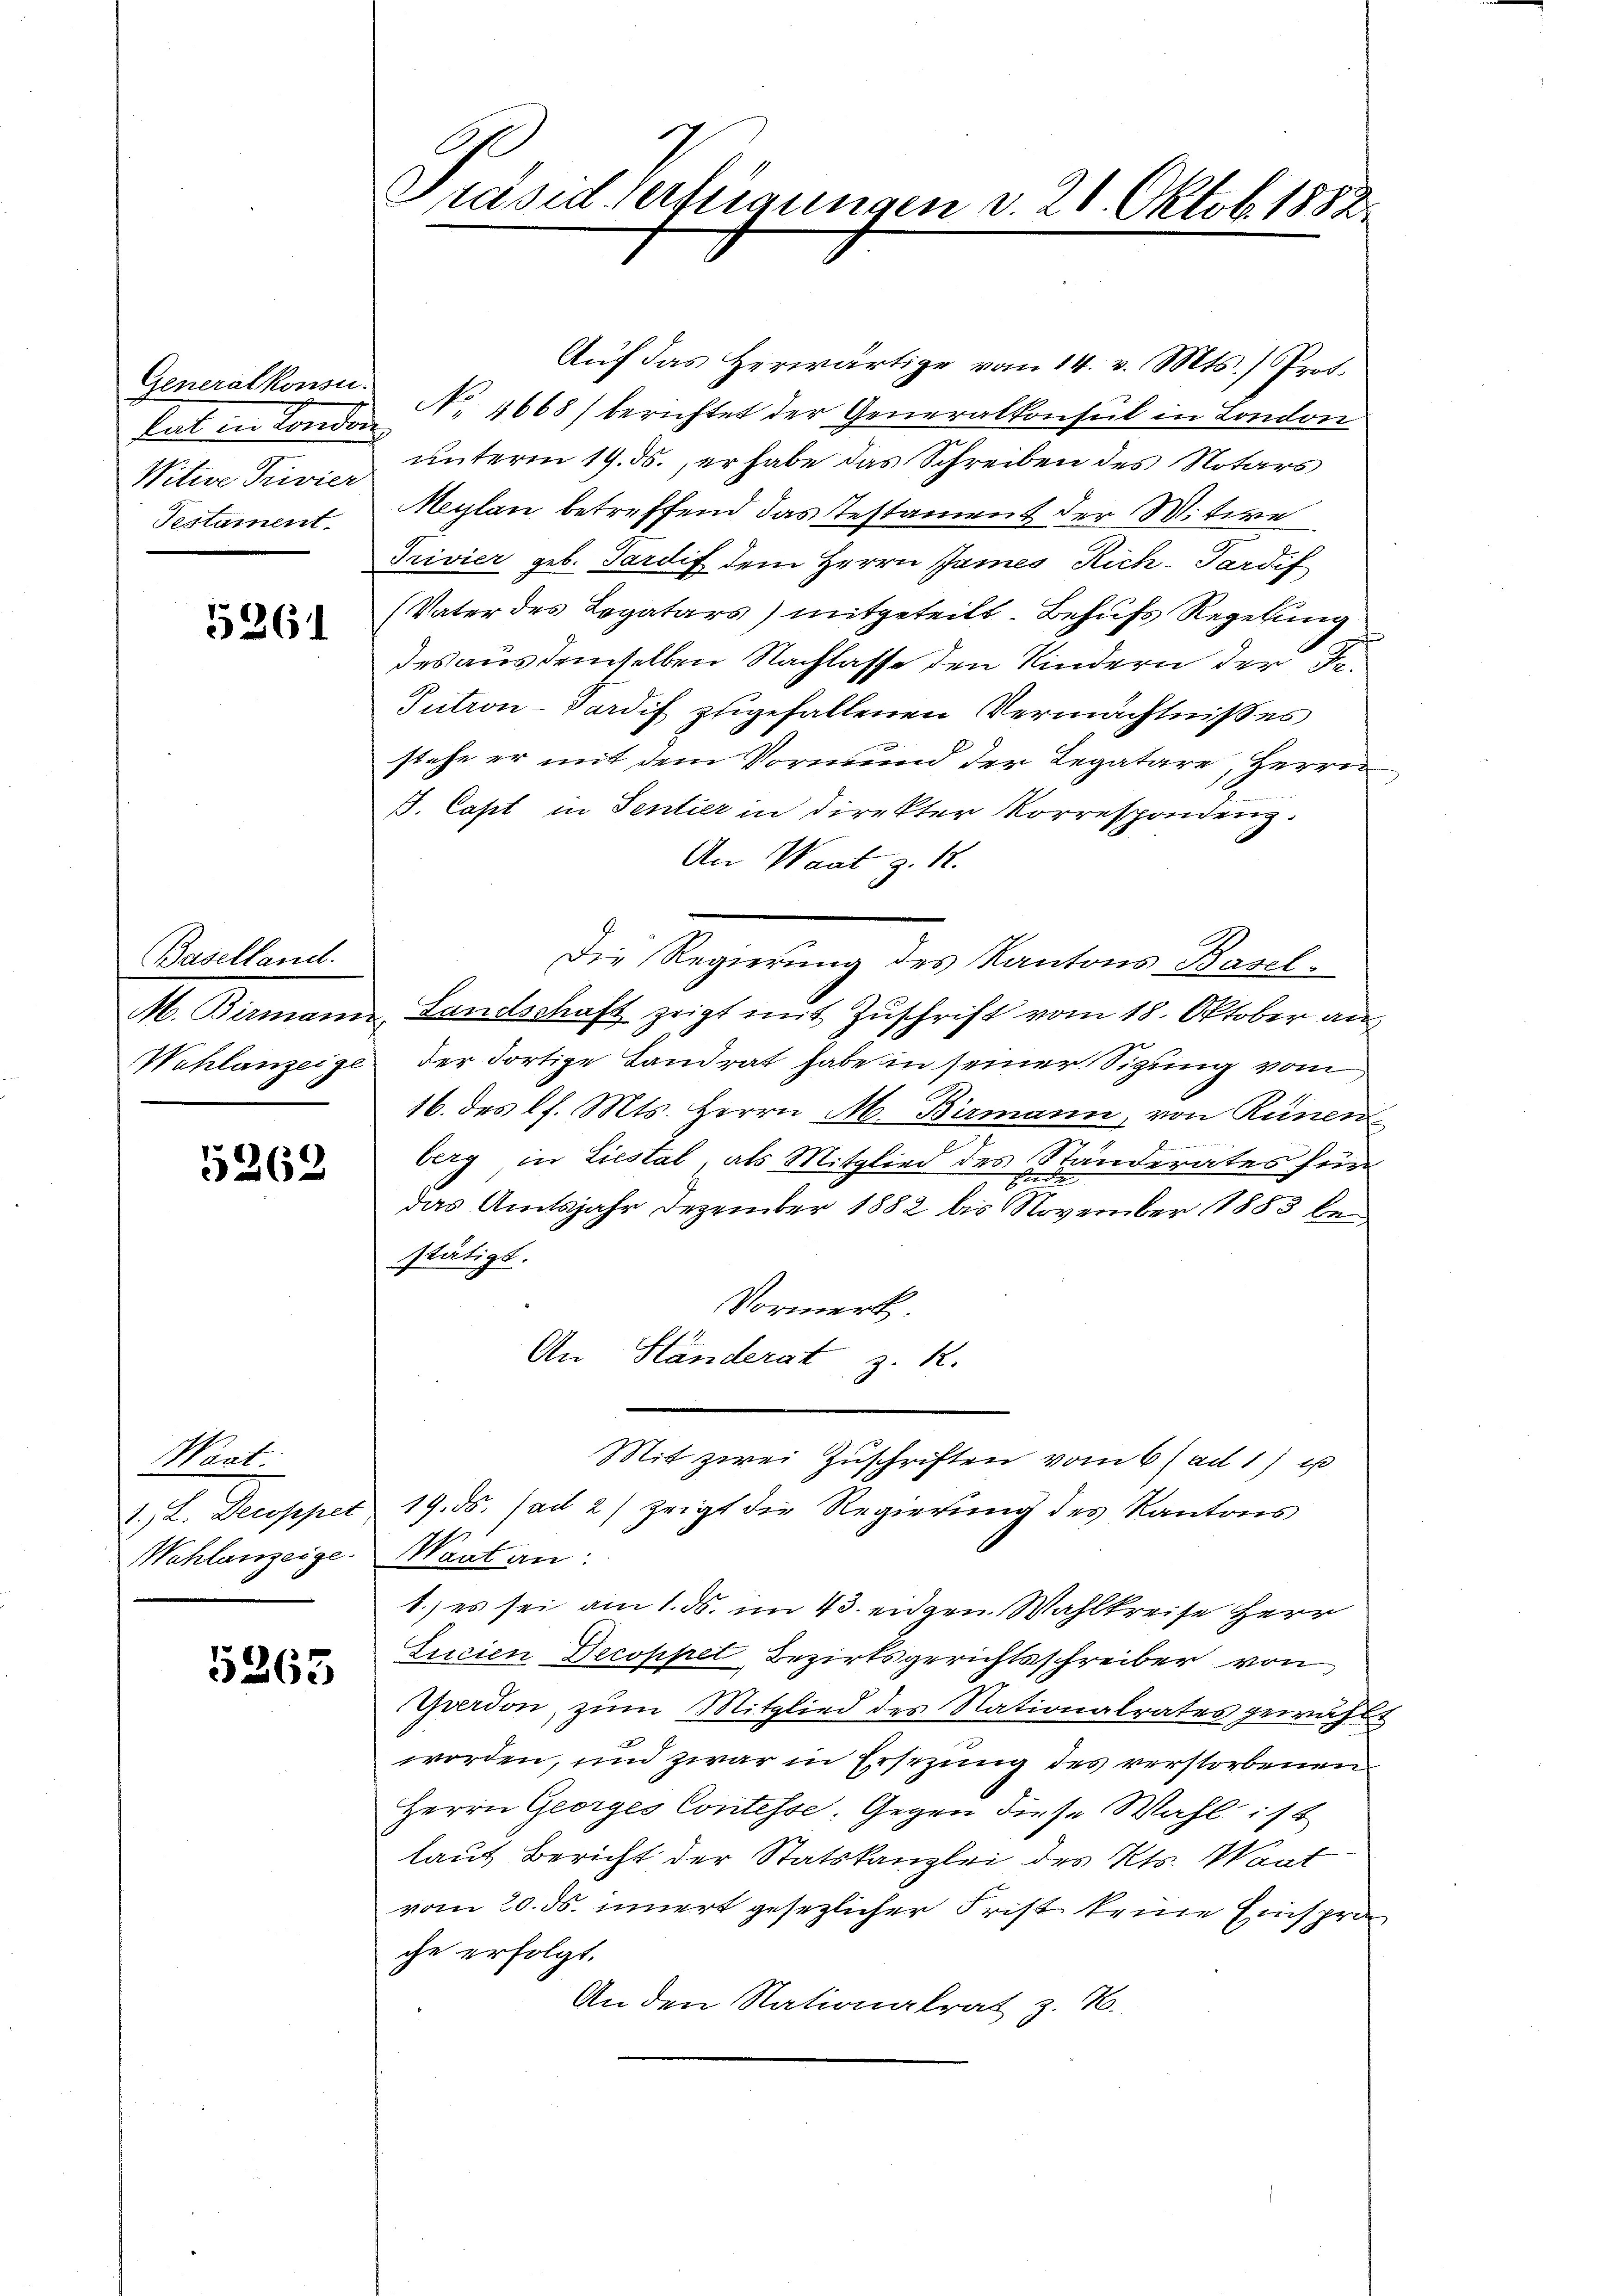
Generalkonsu
Witwe Privier
Testament

5261

Baselland.
M. Stimmen
Wahlanzeige

5262

Wart:
I. Puppe
Wahlanzeige.

5265

Präsid Verfügungen v. 26. Oktob. 1882

Aŭf das herwärtige vom 14. v. Mts.) Prof.
tat in Londer Nr. 4668) berichtet der Generalkonseil in London
unterm 19. ds., er habe das Schreiben des Notars
Meylan betreffend das Testament der Witwe
Trivier geb. Sardif dem Herrn James Rich-Pardif
(Vater des Legatars) mitgeteilt. Behufs Regelung
des aus demselben Nachlasse den Kindern der Be¬
Tutron-Pardif zugefallenen Vermächtnißes
stehe er mit dem Vormund der Legatare, Herrn
J. Cast in Sentier in direkter Korrespondenz.
An Waat z. 12.
Die Regierung des Kantons Basel¬
Landschaft zeigt mit Zuschrift vom 18. Oktober an
der dortige Landrat habe in seiner Sitzung vom
16. des l. Mts. Herrn M. Birmann, von Rünen
berg in Liestal, als Mitglied des Ständerates für
das Amtsjahr Dezember 1882 bis November 1883 be
stätigt.
Vormerk
An Händerst z. R.
Mit zwei Zuschriften vom 6/ ad 1) u
19. ds. ad 2) zeigt die Regierung des Kantons
Maat an:
1.) es sei am 1. ds. im 43. eigen Wahlkreise Herr
Ticien Decoppet Bezirksgerichtsschreiber von
Yverdon, zum Mitglied des Nationalrates gewähl
worden, und zwar in Ersezung des verstorbenen
Herrn Georges Contesse. Gegen diese Wahl ist
laut Bericht der Statskanzlei des Kts. Waat
vom 20. ds. innert gesezlicher Frist keine Einsprache erfolgt.
An den Nationalrat z. B.